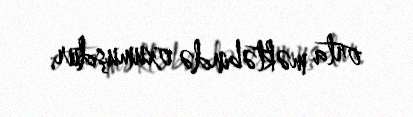
orta məktəbində oxumuşdur.